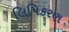
લિપિકરણ